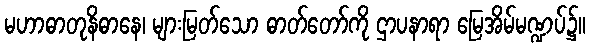
မဟာဓာတုနိဓာနေ၊ များမြတ်သော ဓာတ်တော်ကို ဌာပနာရာ မြေအိမ်မဏ္ဍပ်၌။